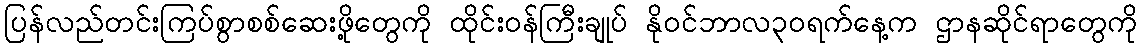
ပြန်လည်တင်းကြပ်စွာစစ်ဆေးဖို့တွေကို ထိုင်းဝန်ကြီးချုပ် နိုဝင်ဘာလ၃၀ရက်နေ့က ဌာနဆိုင်ရာတွေကို